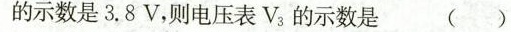
的示数是3.8V，则电压表V_{3}的示数是 ()